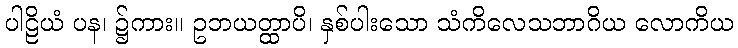
ပါဠိယံ ပန၊ ၌ကား။ ဥဘယတ္ထာပိ၊ နှစ်ပါးသော သံကိလေသဘာဂိယ လောကိယ